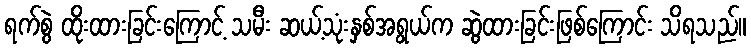
ရက်စွဲ ထိုးထားခြင်းကြောင့် သမီး ဆယ့်သုံးနှစ်အရွယ်က ဆွဲထားခြင်းဖြစ်ကြောင်း သိရသည်။